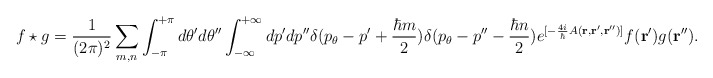
\begin{align*}f \star g = \frac{1}{(2\pi )^2}\sum_{m, n}\int_{-\pi}^{+\pi} d\theta ' d \theta '' \int_{-\infty}^{+\infty} dp' dp'' \delta (p_{\theta} - p' +\frac{\hbar m}{2} ) \delta(p_{\theta} - p'' - \frac{\hbar n}{2} )e^{[-\frac{4i}{\hbar}A({\bf r}, {\bf r} ', {\bf r} '')]}f({\bf r}') g ({\bf r}'').\end{align*}